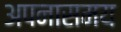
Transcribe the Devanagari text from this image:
अपनासमय